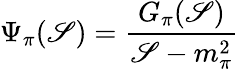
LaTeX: \Psi_{\pi}(\mathscr{S})=\frac{{G_{\pi}(\mathscr{S})}}{{\mathscr{S}-m_{\pi}^{2}}}